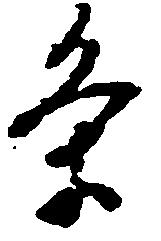
条